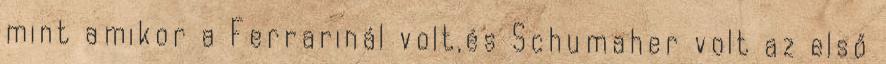
mint amikor a Ferrarinál volt,és Schumaher volt az első